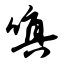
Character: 嗔